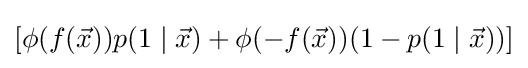
[\phi (f({\vec {x}}))p(1\mid {\vec {x}})+\phi (-f({\vec {x}}))(1-p(1\mid {\vec {x}}))]